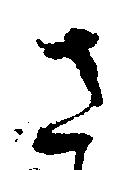
き